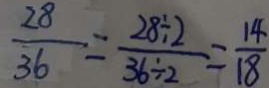
\frac { 2 8 } { 3 6 } = \frac { 2 8 \div 2 } { 3 6 \div 2 } = \frac { 1 4 } { 1 8 }